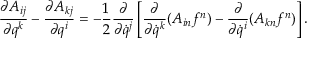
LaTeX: \frac { \partial A _ { i j } } { \partial q ^ { k } } - \frac { \partial A _ { k j } } { \partial q ^ { i } } = - \frac { 1 } { 2 } \frac { \partial } { \partial \dot { q } ^ { j } } \left[ \frac { \partial } { \partial \dot { q } ^ { k } } ( A _ { i n } f ^ { n } ) - \frac { \partial } { \partial \dot { q } ^ { i } } ( A _ { k n } f ^ { n } ) \right] .